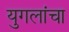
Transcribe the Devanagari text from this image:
युगलांचा